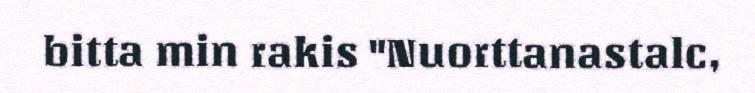
bitta min rakis "Nuorttanastalc,